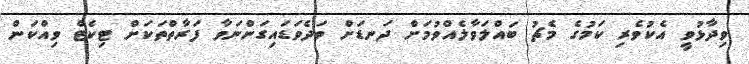
ވިދާޅުވީ އެކުވެރި ކަމުގެ މެޗު ބައްލަވާލެއްވުމަށް ދަނޑަށް ވަދެވަޑައިގަންނަވާ ފަރާތްތަކަށް ޓިކެޓް ވިއްކަން